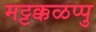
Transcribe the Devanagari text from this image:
मट्टक्कळप्पु